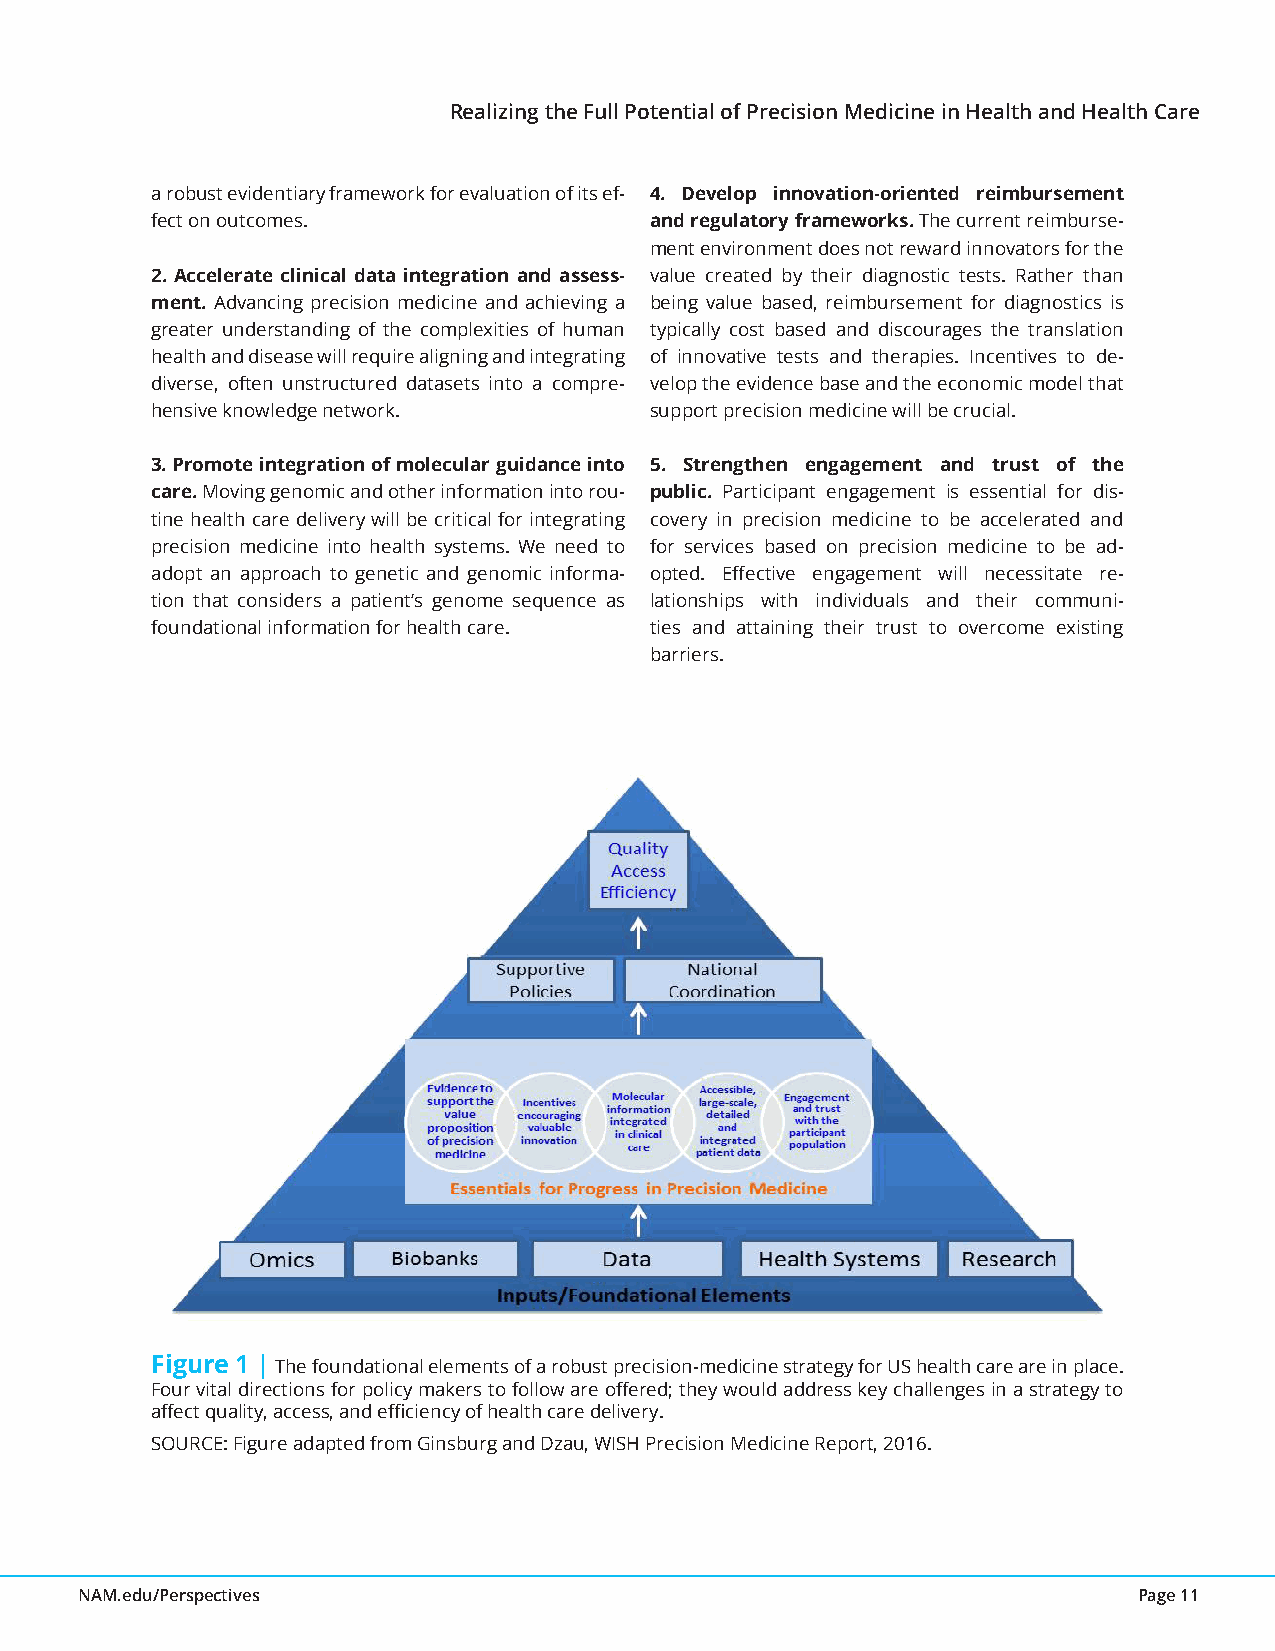
Realizing the Full Potential of Precision Medicine in Health and Health Care
 a robust evidentiary framework for evaluation of its ef- 4. Develop innovation-oriented reimbursement
 fect on outcomes.                and regulatory frameworks. The current reimburse-
 ment environment does not reward innovators for the
 2. Accelerate clinical data integration and assess- value created by their diagnostic tests. Rather than
 ment. Advancing precision medicine and achieving a being value based, reimbursement for diagnostics is
 greater understanding of the complexities of human typically cost based and discourages the translation
 health and disease will require aligning and integrating of innovative tests and therapies. Incentives to de-
 diverse, often unstructured datasets into a compre- velop the evidence base and the economic model that
 hensive knowledge network.       support precision medicine will be crucial.
 3. Promote integration of molecular guidance into 5. Strengthen engagement and trust of the
 care. Moving genomic and other information into rou- public. Participant engagement is essential for dis-
 tine health care delivery will be critical for integrating covery in precision medicine to be accelerated and
 precision medicine into health systems. We need to for services based on precision medicine to be ad-
 adopt an approach to genetic and genomic informa- opted. Effective engagement will necessitate re-
 tion that considers a patient’s genome sequence as lationships with individuals and their communi-
 foundational information for health care. ties and attaining their trust to overcome existing
 barriers.
 Figure 1 | The foundational elements of a robust precision-medicine strategy for US health care are in place.
 Four vital directions for policy makers to follow are offered; they would address key challenges in a strategy to
 affect quality, access, and efficiency of health care delivery.
 SOURCE: Figure adapted from Ginsburg and Dzau, WISH Precision Medicine Report, 2016.
 NAM.edu/Perspectives                                                  Page 11